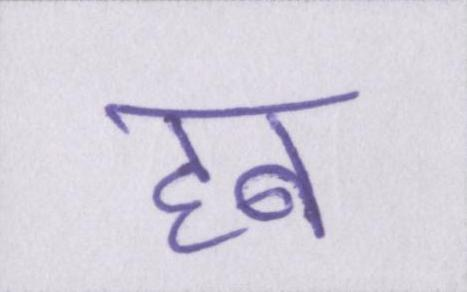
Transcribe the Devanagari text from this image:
हब